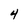
Character: 4